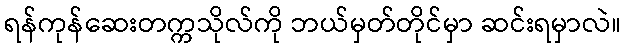
ရန်ကုန်ဆေးတက္ကသိုလ်ကို ဘယ်မှတ်တိုင်မှာ ဆင်းရမှာလဲ။